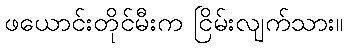
ဖယောင်းတိုင်မီးက ငြိမ်းလျက်သား။